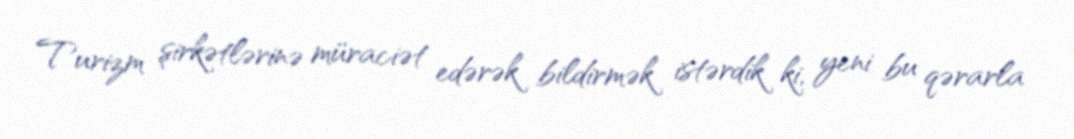
Turizm şirkətlərinə müraciət edərək bildirmək istərdik ki, yeni bu qərarla